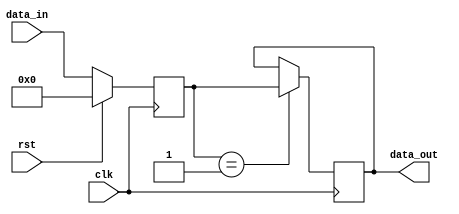
module timing_control_and_synchronization (
    input wire clk,
    input wire rst,
    input wire [7:0] data_in,
    output reg [7:0] data_out
);

reg [7:0] delay_data;

always @(posedge clk) begin
    if (rst) begin
        delay_data <= 8'b0; // set initial delay value
    end else begin
        delay_data <= data_in; // capture input data
    end
end

always @(posedge clk) begin
    if (delay_data == 8'b1) begin // introduce specific delay
        data_out <= delay_data; // output delayed data
    end
end

endmodule